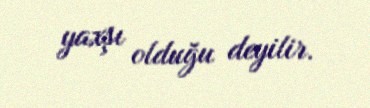
yaxşı olduğu deyilir.